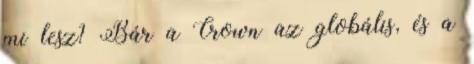
mi lesz? Bár a Crown az globális, és a